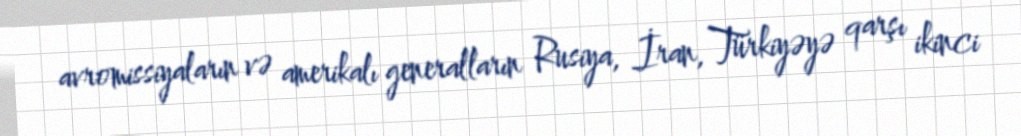
avromissiyaların və amerikalı generalların Rusiya, İran, Türkiyəyə qarşı ikinci